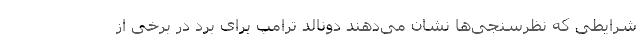
شرایطی که نظرسنجی‌ها نشان می‌دهند دونالد ترامپ برای برد در برخی از